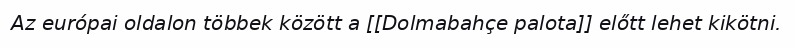
Az európai oldalon többek között a [[Dolmabahçe palota]] előtt lehet kikötni.